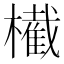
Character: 𣝫